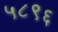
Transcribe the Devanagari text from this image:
५८९६